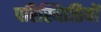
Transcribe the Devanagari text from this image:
परिस्थिातियों